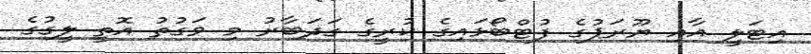
އިޓަލީ އާއި ޔޫރަޕުގެ ފުޓްބޯޅައިގެ ކުރީގެ ގަދަބާރު މި ވަގުތު އޮތީ ލީގުގެ